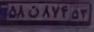
۵۸ن۸۷۴۵۳